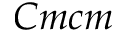
C m c m